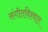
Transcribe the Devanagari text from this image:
संगीतविश्वात